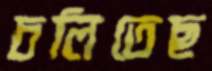
চলিতেছ